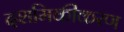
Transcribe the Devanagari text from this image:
दशमिकीकरण